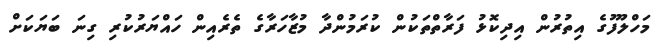
މަހްލޫފުގެ އިތުރުން އިދިކޮޅު ފަރާތްތަކުން ކުރަމުންދާ މުޒާހަރާގެ ތެރެއިން ހައްޔަރުކުރި ގިނަ ބަޔަކަށް